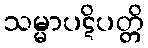
သမ္မာပဋိပတ္တိ